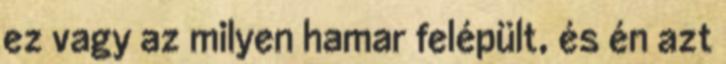
ez vagy az milyen hamar felépült, és én azt